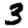
Digit: 3